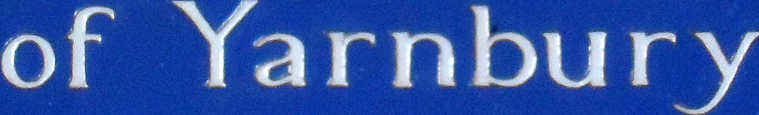
of Yarnbury